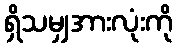
ရှိသမျှအားလုံးကို